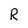
Character: R